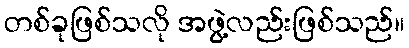
တစ်ခုဖြစ်သလို အဖွဲ့လည်းဖြစ်သည်။